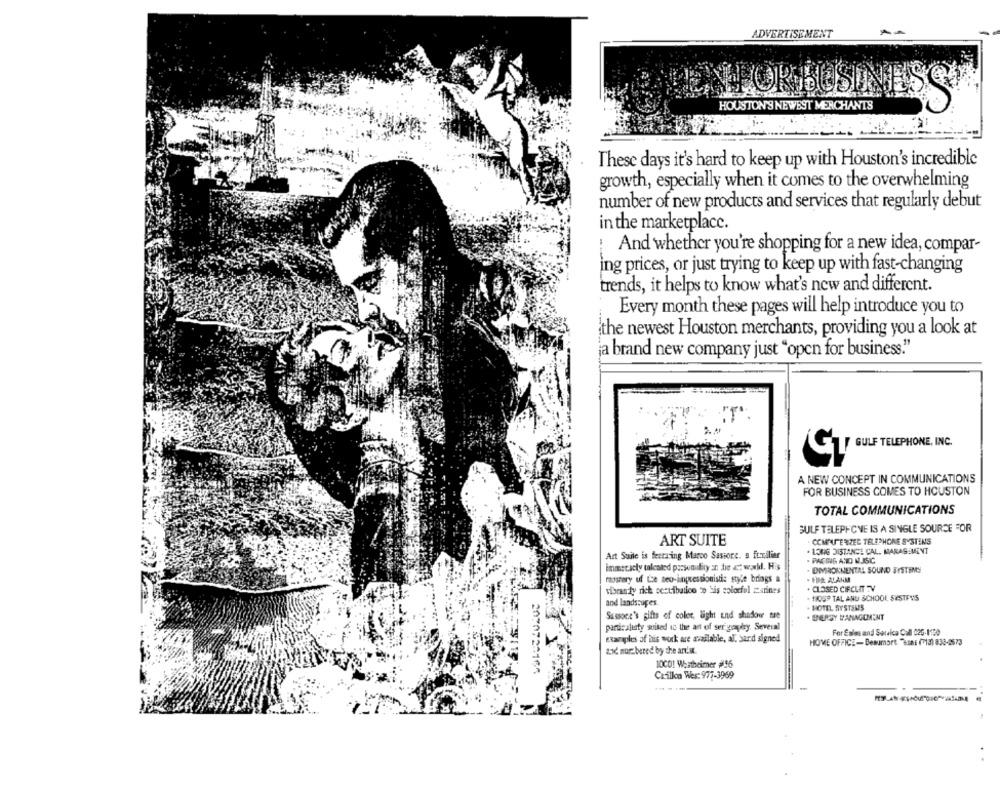
ADVERTISEMENT
HOKJESINES
HOUSTON'S NEWEST MERCHANTS
These days it's hard to keep up with Houston's incredible
growth, especially when it comes to the overwhelming
number of new products and services that regularly debut
in the marketplace.
And whether you're shopping for a new idea, compar-
ing prices, or just trying to keep up with fast-changing
trends, it helps to know what's new and different.
Every month these pages will help introduce you to
the newest Houston merchants, providing you a look at
ja brand new company just "open for business."
GULF TELEPHONE, INC.
A NEW CONCEPT IN COMMUNICATIONS
FOR BUSINESS COMES TO HOUSTON
TOTAL COMMUNICATIONS
GULF TELEPHONE IS A SINGLE SOURCE FOR
ART SUITE
. COMPUTERZEC TELEPHONE SYSTENS
Art Suile is feeraing Marco Sasione. a furilier
. LONG DISTANCE CAL. MARAGEMENT
. PAGING AND WISC
immeracty talcoled presonudity an die et wald. His
. DMRONNENTAL SOUND SYSTEMS
- EURO. ALANM
mastery uf Le teo-impressionisti: style brings #
vibranty rich cestibalico to bis colorful zarines
. CLOSED CIRCUIT TV
- 110SP TAL ANU SCHOOL, SISTEVS
and landscapes.
. HOTEL. SYSTSMS
Sassoce's gifts of color, light and shadow tre
. ENERGY MANAGEMENT
particaltaty suised to the art of sergeyhry. Several
For Esles and Saraica Call 026-1120
examples of his work are available, al. sand signed
HOME OFFICE- Beaumort "sans (713) 833-2673
zić nurz bered by che an!st.
10CO! Westheimer #16
2070733165
Carillon Wes: 977-3969